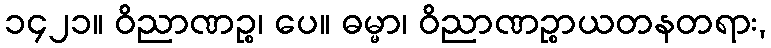
၁၄၂၁။ ဝိညာဏဉ္စ၊ ပေ။ ဓမ္မာ၊ ဝိညာဏဉ္စာယတနတရား,